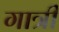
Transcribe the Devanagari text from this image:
गात्री